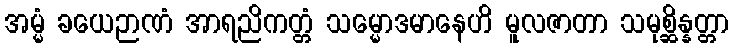
အမ္မံ ခယေဉာဏံ အာရညိကတ္တံ သမ္မောဒမာနေဟိ မူလဇာတာ သမုစ္ဆိန္နတ္တာ